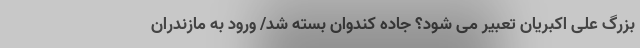
بزرگ علی اکبریان تعبیر می شود؟ جاده کندوان بسته شد/ ورود به مازندران